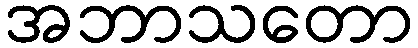
အဘာသတော